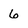
Character: 6